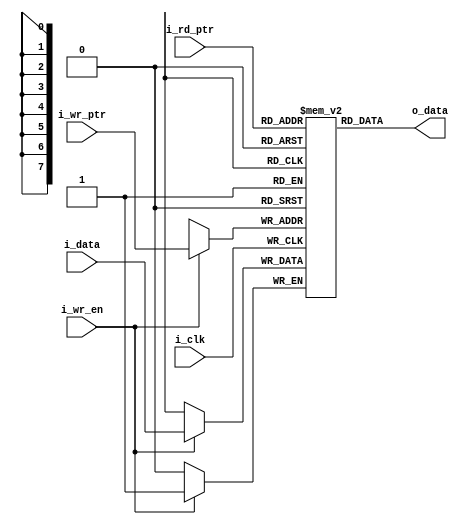
//--------------------------------------------------------------------------------
// Project    : UPRA
// Version    : 0.1
//
// Description: Buffer to track the back to back DDR read operation
//
//--------------------------------------------------------------------------------
module track_buff(
input i_clk,
input i_data,
input [7:0] i_wr_ptr,
input [7:0] i_rd_ptr,
input i_wr_en,
output o_data
);

reg [0:0] mem[255:0];

always @(posedge i_clk)
begin
  if(i_wr_en)
      mem[i_wr_ptr] <= i_data;
end


assign o_data = mem[i_rd_ptr];

endmodule